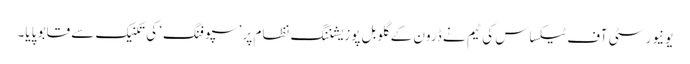
یونیورسٹی آف ٹیکساس کی ٹیم نے ڈرون کے گلوبل پوزیشننگ نظام پر ’سپوفنگ‘ کی تکنیک سے قابو پایا۔